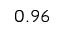
0 . 9 6